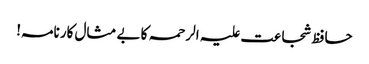
حافظ شجاعت علیہ الرحمہ کا بے مثال کارنامہ!